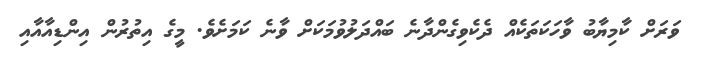
ވަރަށް ކާމިޔާބު ވާހަކަތަކެއް ދެކެވިގެންދާނެ ބައްދަލުވުމަކަށް ވާނެ ކަމަށެވެ. މީގެ އިތުރުން އިންޑިއާއާއި